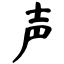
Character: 声